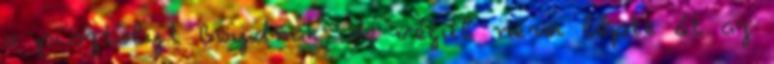
a pisztolyt Boydnak, de végül nem lépte át az